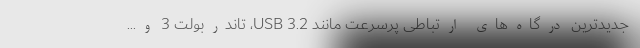
جدیدترین درگاه‌های ارتباطی پرسرعت مانند USB 3.2، تاندربولت 3 و...